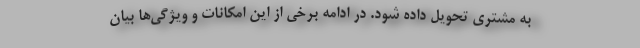
به مشتری تحویل داده شود. در ادامه برخی از این امکانات و ویژگی‌ها بیان